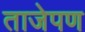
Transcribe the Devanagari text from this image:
ताजेपण